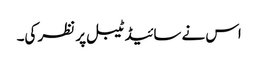
اس نے سائیڈ ٹیبل پر نظر کی۔